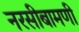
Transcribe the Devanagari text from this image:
नरसीबामणी